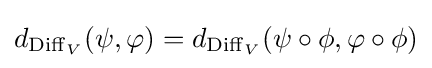
d_{\operatorname {Diff} _{V}}(\psi ,\varphi )=d_{\operatorname {Diff} _{V}}(\psi \circ \phi ,\varphi \circ \phi )